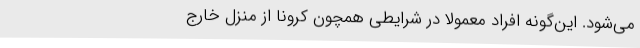
می‌شود. این‌گونه افراد معمولاً در شرایطی همچون کرونا از منزل خارج